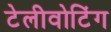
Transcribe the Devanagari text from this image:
टेलीवोटिंग